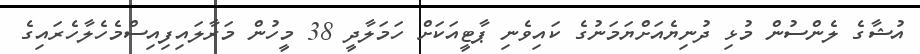
އުޝާގެ ލެންސުން މުޅި ދުނިޔެއަށްޔަމަނުގެ ކައިވެނި ޕާޓީއަކަށް ހަމަލާދީ 38 މީހުން މަރާލައިފިއިސްމެހެލާހެރައިގެ